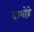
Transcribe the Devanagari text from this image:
दाभोड़े